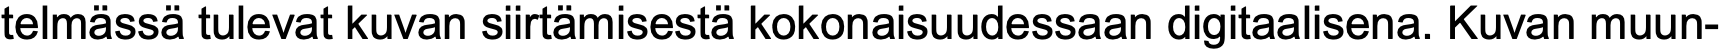
telmässä tulevat kuvan siirtämisestä kokonaisuudessaan digitaalisena. Kuvan muun-